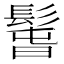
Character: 𩭱